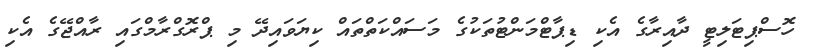
ހޮސްޕިޓަލިޓީ ދާއިރާގެ އެކި ޑިޕާޓްމަންޓުތަކުގެ މަސައްކަތްތައް ކިޔަވައިދޭ މި ޕްރޮގްރާމްގައި ރާއްޖޭގެ އެކި